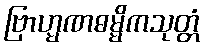
ဗြာဟ္မဏဓမ္မိကသုတ္တံ